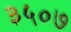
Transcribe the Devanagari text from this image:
३५०७